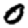
Digit: 0